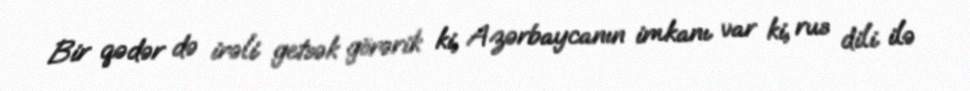
Bir qədər də irəli getsək görərik ki, Azərbaycanın imkanı var ki, rus dili ilə